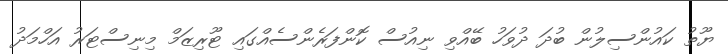
ޔޫތު ކައުންސިލުން ބުދަ ދުވަހު ބޭއްވި ނިއުސް ކޮންފަރެންސެއްގައި ޓޫރިޒަމް މިނިސްޓަރު އަހްމަދު